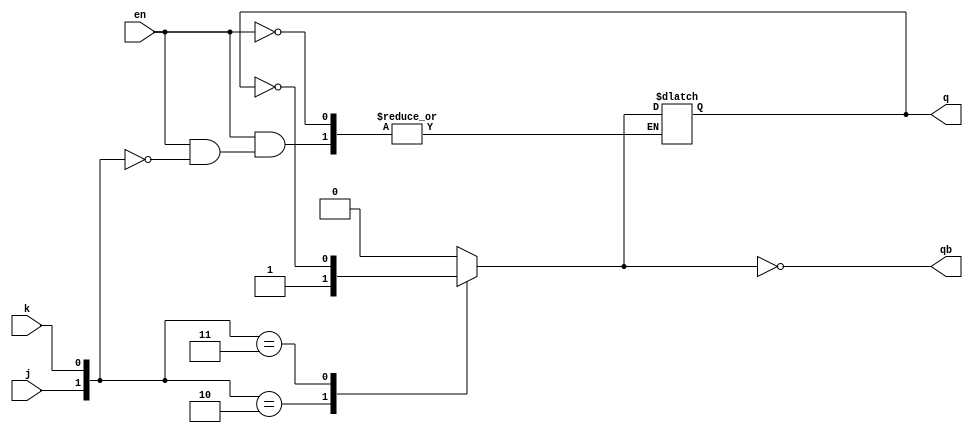
`timescale 1ns / 1ps
//////////////////////////////////////////////////////////////////////////////////
// Company: 
// Engineer: 
// 
// Design Name: 
// Module Name:    J_k_latch_bh 
// Project Name: 
// Target Devices: 
// Tool versions: 
// Description: 
//
// Dependencies: 
//
// Revision: 
// Revision 0.01 - File Created
// Additional Comments: 
//
//////////////////////////////////////////////////////////////////////////////////
module J_k_latch_bh(
    input j,k,en,
    output reg q,qb
    );
	 always@(*)
		begin
			if(en)
			begin
				case({j,k})
					2'b00 : q = q;
					2'b01 : q = 0;
					2'b10 : q = 1;
					2'b11 : q = ~q;
				endcase
			end
			else q = q;
			qb = ~q;
		end 

endmodule